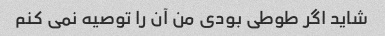
شاید اگر طوطی بودی من آن را توصیه نمی کنم